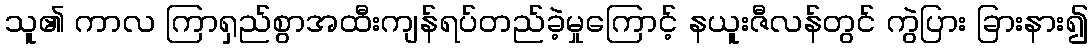
သူ၏ ကာလ ကြာရှည်စွာအထီးကျန်ရပ်တည်ခဲ့မှုကြောင့် နယူးဇီလန်တွင် ကွဲပြား ခြားနား၍